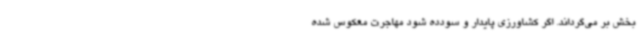
بخش بر می‌گرداند. اگر کشاورزی پایدار و سودده شود مهاجرت معکوس شده